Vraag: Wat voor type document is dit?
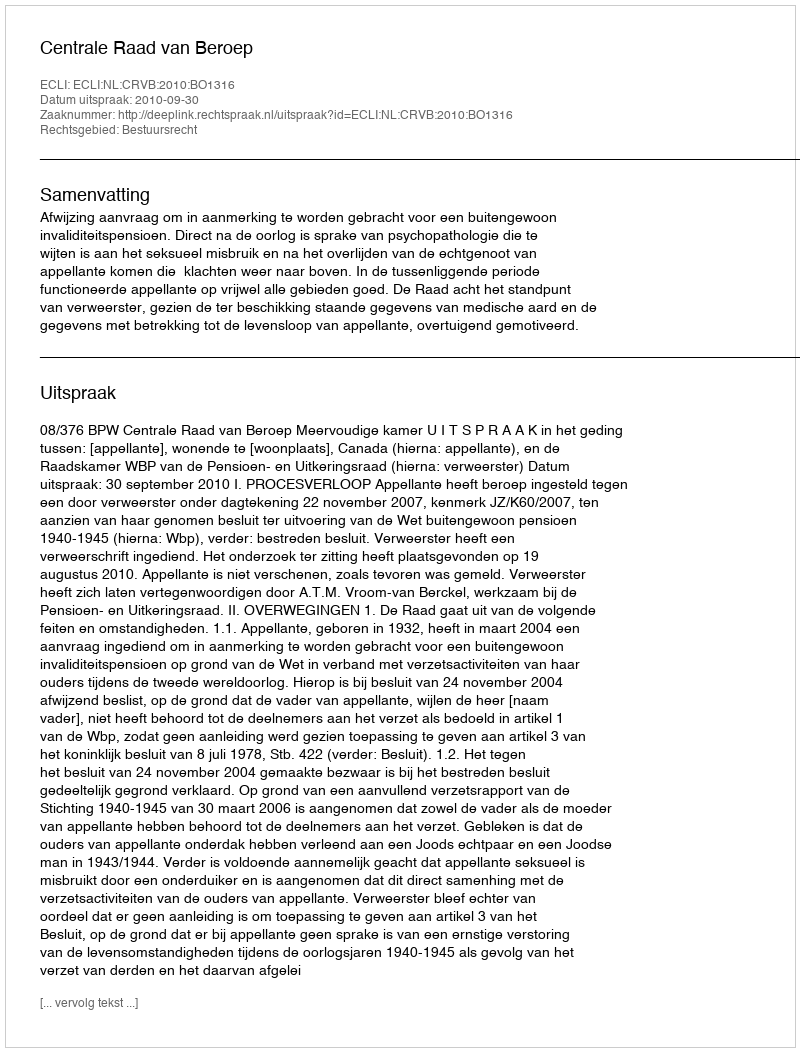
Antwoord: Uitspraak